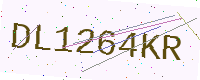
Text: DL1264KR